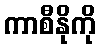
ကာစီနိုကို